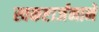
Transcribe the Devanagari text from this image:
स्वकष्टार्जनाने